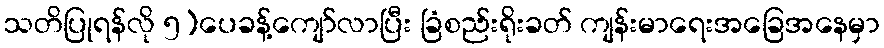
သတိပြုရန်လို ၅)ပေခန့်ကျော်လာပြီး ခြံစည်းရိုးခတ် ကျန်းမာရေးအခြေအနေမှာ